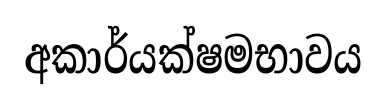
අකාර්යක්ෂමභාවය